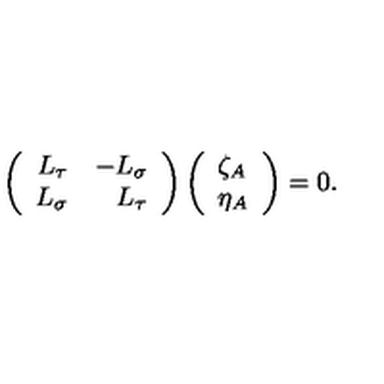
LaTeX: \left( \begin{array} { r r } { L _ { \tau } } & { - L _ { \sigma } } \\ { L _ { \sigma } } & { L _ { \tau } } \\ \end{array} \right) \left( \begin{array} { l } { \zeta _ { A } } \\ { \eta _ { A } } \\ \end{array} \right) = 0 .